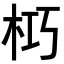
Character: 𭩣